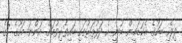
ދިވެހި ބަހުގެ އެކަޑަމީން ބުނީ އެ ދަފުތަރުގައި ބައިވެރިވުމަށް އަންނަ މަހުގެ 7ގެ